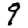
Digit: 9